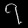
Digit: ၇